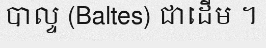
បាល្ទ (Baltes) ជាដើម ។